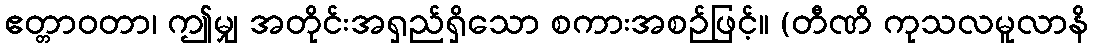
ဧတ္တာဝတာ၊ ဤမျှ အတိုင်းအရှည်ရှိသော စကားအစဉ်ဖြင့်။ (တီဏိ ကုသလမူလာနိ